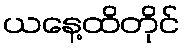
ယနေ့ထိတိုင်